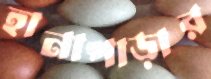
হানাপাড়ার